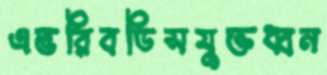
এভরিবডিসযুক্তধ্বন